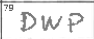
Transcription: DWP